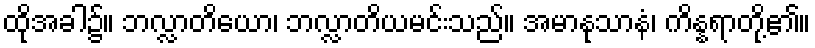
ထိုအခါ၌။ ဘလ္လာတိယော၊ ဘလ္လာတိယမင်းသည်။ အမာနုသာနံ၊ ကိန္နရာတို့၏။